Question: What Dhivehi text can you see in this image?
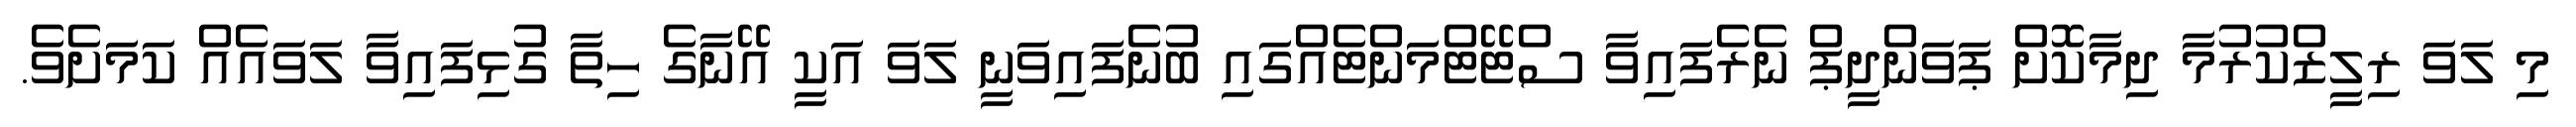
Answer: މި ލަވަ ރިލީޒްކުރުމާ ދިމާކޮށް ޕަވަންދީޕް ނެރެފައިވާ ސްޓޭޓްމަންޓެއްގައި ބުނެފައިވަނީ ލަވަ އަކީ އޭނާގެ ހިތާ ގުޅިފައިވާ ލަވައެއް ކަމަށެވެ.